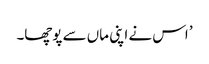
’ اس نے اپنی ماں سے پوچھا۔